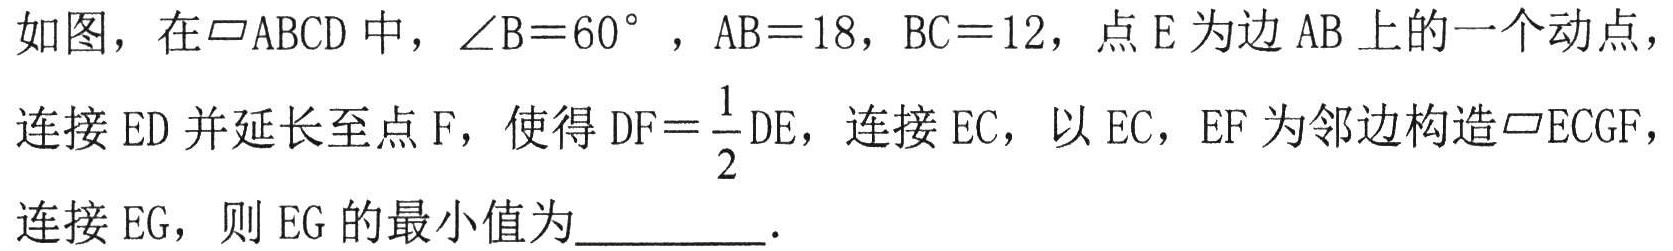
如图，在\(\parallelogram ABCD\)中，\(\angle B = 60^{\circ}\)，\(AB = 18\)，\(BC = 12\)，点\(E\)为边\(AB\)上的一个动点，连接\(ED\)并延长至点\(F\)，使得\(DF=\frac{1}{2}DE\)，连接\(EC\)，以\(EC\)，\(EF\)为邻边构造\(\parallelogram ECGF\)，连接\(EG\)，则\(EG\)的最小值为  ．